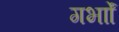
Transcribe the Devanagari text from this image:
गर्भाों